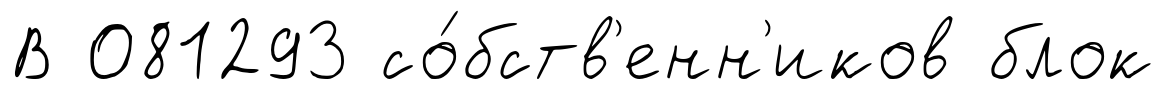
В 081293 со́бств'енн'иков блок